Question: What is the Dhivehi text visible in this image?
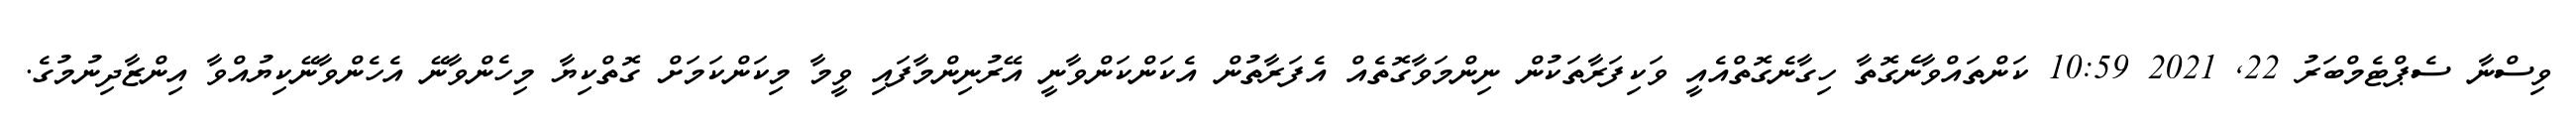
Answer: ވިސްނާ ސެޕްޓެމްބަރު 22, 2021 10:59 ކަންތައްވާނެގޮތާ ހިގާނެގޮތްއެއީ ވަކިފަރާތަކުން ނިންމަވާގޮތެއް އެފަރާތުން އެކަންކަންވާނީ އޭރުނިންމާފައި ވީމާ މިކަންކަމަށް ގޮތްކިޔާ މިހެންވާނޭ އެހެންވާނޭކިޔުއްވާ އިންޒާދިނުމުގެ.